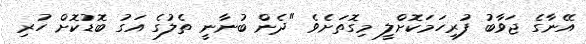
އޭނާގެ ޖަވާބު ފުރިހަމަކޮށްލީ މިގޮތަށެވެ "ދެން ބުނާނީ ތެލުގެ އަގު ބޮޑުކޮށް ހުރި